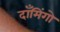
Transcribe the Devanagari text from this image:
दाँमिंगो